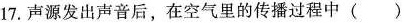
17. 声源发出声音后，在空气里的传播过程中 ()